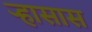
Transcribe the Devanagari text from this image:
ऱ्हासास